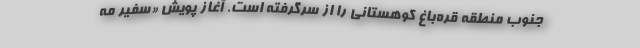
جنوب منطقه قره‌باغ کوهستانی را از سرگرفته است. آغاز پویش «سفیر مه